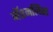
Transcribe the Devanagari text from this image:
नॅश्नलिस्ट